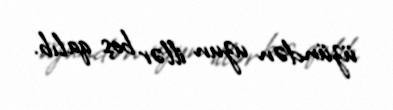
üzündən uzun illər boş qalıb.